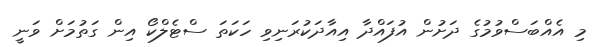
މި އެއްބަސްވުމުގެ ދަށުން އުފައްދާ އިއާދަކުރަނިވި ހަކަތަ ސްޓެލްކޯ އިން ގަތުމަށް ވަނީ